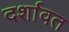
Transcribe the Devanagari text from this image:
दर्शावत